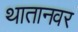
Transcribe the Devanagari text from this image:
थातानवर